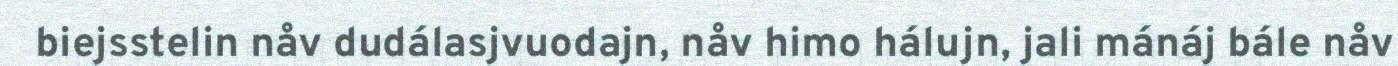
biejsstelin nåv dudálasjvuodajn, nåv himo hálujn, jali mánáj bále nåv